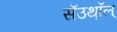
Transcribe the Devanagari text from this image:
सॅउथ़ॉल्